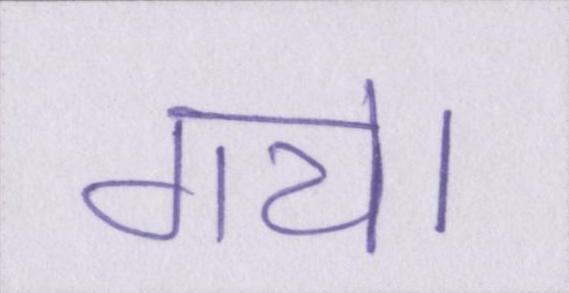
गये।